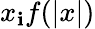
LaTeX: x_{\mathbf{i}}f(|x|)